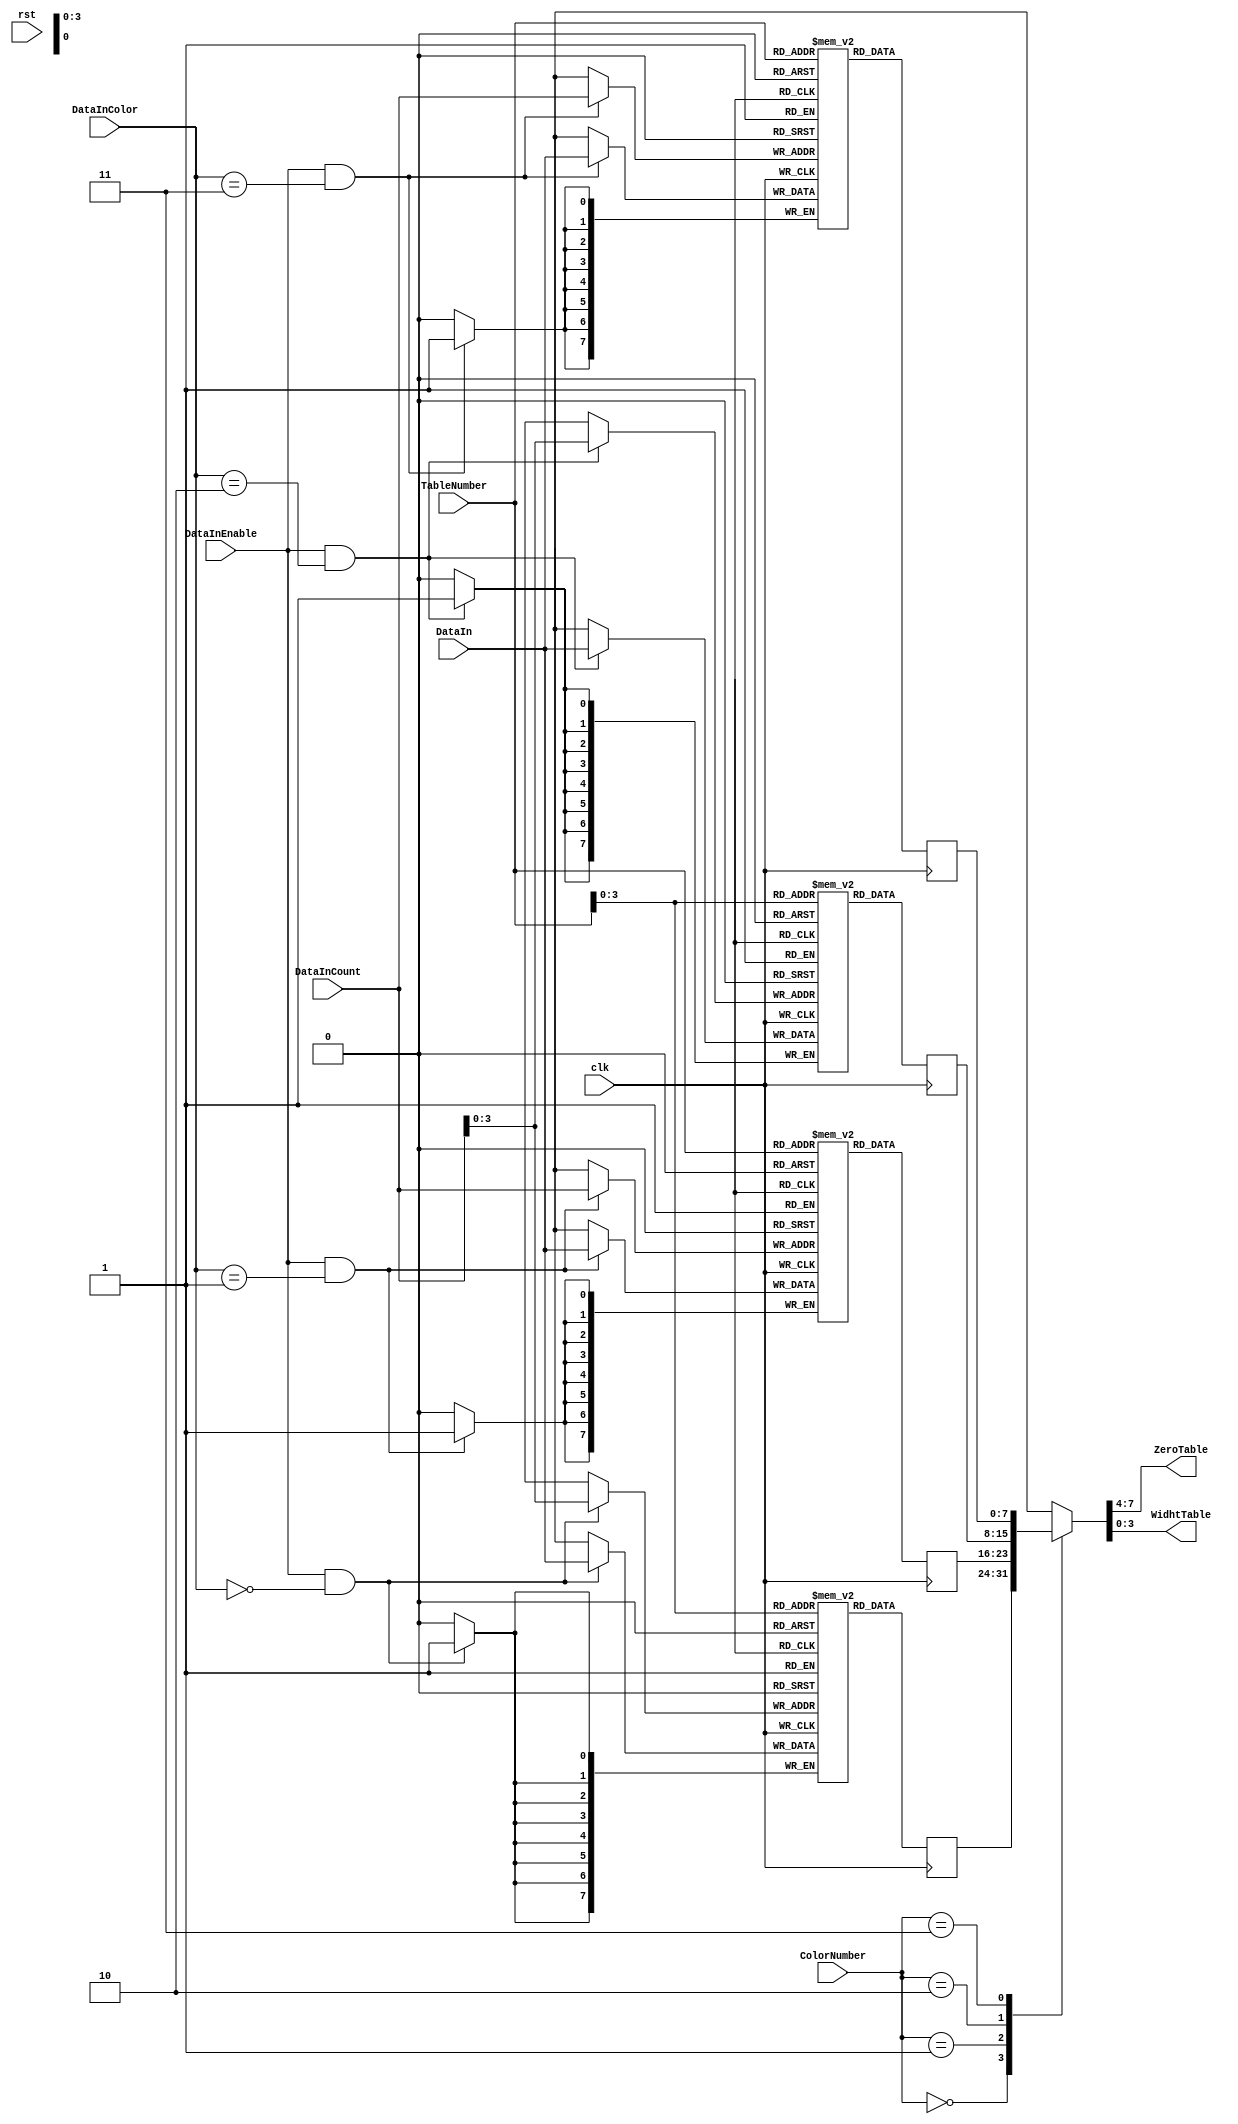
module aq_djpeg_dht(
	input			rst,
	input			clk,

	input			DataInEnable,
	input [1:0]	DataInColor,
	input [7:0]	DataInCount,
	input [7:0]	DataIn,

	input [1:0]	ColorNumber,
	input [7:0]	TableNumber,
	output [3:0]	ZeroTable,
	output [3:0]	WidhtTable
);
	// RAM
	reg [7:0]	   DHT_Ydc [0:15];
	reg [7:0]	   DHT_Yac [0:255];
	reg [7:0]	   DHT_Cdc [0:15];
	reg [7:0]	   DHT_Cac [0:255];

	reg [7:0]	   ReadDataYdc;
	reg [7:0]	   ReadDataYac;
	reg [7:0]	   ReadDataCdc;
	reg [7:0]	   ReadDataCac;

	wire [7:0]	  ReadData;

	// RAM
	always @(posedge clk) begin
		if((DataInEnable == 1'b1) & (DataInColor == 2'b00)) begin
			DHT_Ydc[DataInCount[3:0]] <= DataIn;
		end
		if(DataInEnable ==1'b1 & DataInColor ==2'b01) begin
			DHT_Yac[DataInCount] <= DataIn;
		end
		if(DataInEnable ==1'b1 & DataInColor ==2'b10) begin
			DHT_Cdc[DataInCount[3:0]] <= DataIn;
		end
		if(DataInEnable ==1'b1 & DataInColor ==2'b11) begin
			DHT_Cac[DataInCount] <= DataIn;
		end
	end

	always @(posedge clk) begin
		ReadDataYdc[7:0] <= DHT_Ydc[TableNumber[3:0]];
		ReadDataYac[7:0] <= DHT_Yac[TableNumber];
		ReadDataCdc[7:0] <= DHT_Cdc[TableNumber[3:0]];
		ReadDataCac[7:0] <= DHT_Cac[TableNumber];
	end

	// Selector
	function [7:0] ReadDataSel;
		input [1:0]	ColorNumber;
		input [7:0]	ReadDataYdc;
		input [7:0]	ReadDataYac;
		input [7:0]	ReadDataCdc;
		input [7:0]	ReadDataCac;
		begin
			case (ColorNumber[1:0])
			2'b00: ReadDataSel[7:0] = ReadDataYdc[7:0];
			2'b01: ReadDataSel[7:0] = ReadDataYac[7:0];
			2'b10: ReadDataSel[7:0] = ReadDataCdc[7:0];
			2'b11: ReadDataSel[7:0] = ReadDataCac[7:0];
			endcase
		end
	endfunction

	assign ReadData = ReadDataSel(ColorNumber, ReadDataYdc, ReadDataYac, ReadDataCdc, ReadDataCac);

	assign ZeroTable  = ReadData[7:4];
	assign WidhtTable = ReadData[3:0];
endmodule